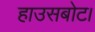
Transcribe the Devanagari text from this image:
हाउसबोट।